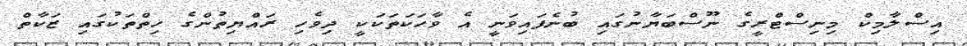
އިސްލާމިކް މިނިސްޓްރީގެ ނޫސްބަޔާނުގައި ބުނެފައިވަނީ އެ ވާހަކަތަކަކީ ދިވެހި ރައްޔިތުންގެ ހިތްތަކުގައި ޒަކާތް